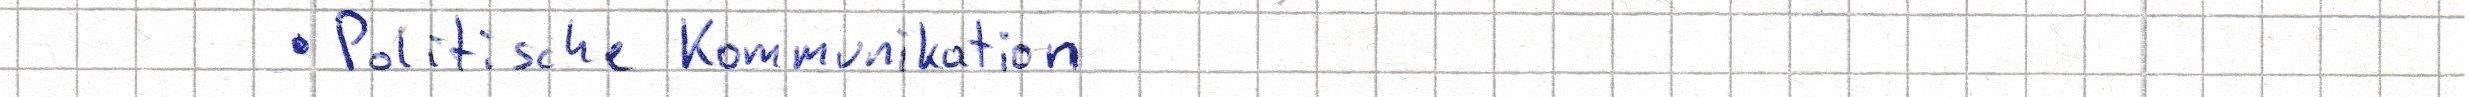
- Politische Kommunikation